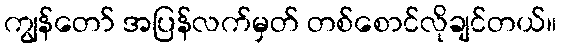
ကျွန်တော် အပြန်လက်မှတ် တစ်စောင်လိုချင်တယ်။